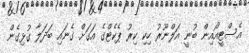
އެސްޓީއޯއިން ބުނީ އަލްނޫރު ހިކި ކިރު ޕެކެޓްގެ އަގަށް ގެނައި ބަދަލާ ގުޅިގެން